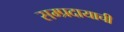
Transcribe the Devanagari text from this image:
सम्प्रदायाची